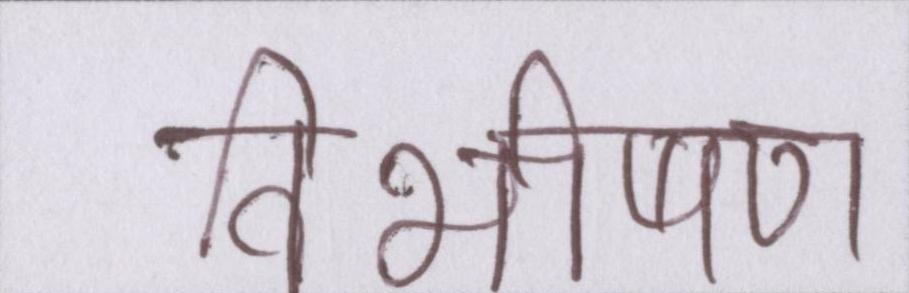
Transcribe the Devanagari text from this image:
विभीषण